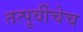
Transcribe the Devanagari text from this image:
तत्पूर्वीचेच